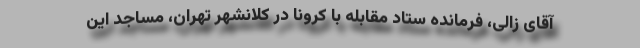
آقای زالی، فرمانده ستاد مقابله با کرونا در کلانشهر تهران، مساجد این